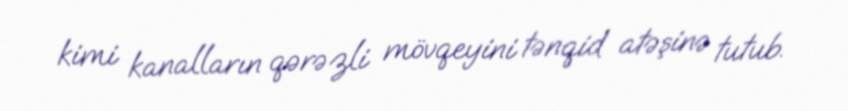
kimi kanalların qərəzli mövqeyini tənqid atəşinə tutub.